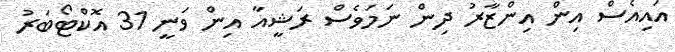
އައިއެސް އިން އިންޒާރު ދިން ނަމަވެސް ރަޝީއާ އިން ވަނީ 31 އޮކްޓޯބަރު